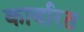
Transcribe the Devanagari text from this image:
कार्यारत